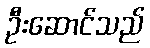
ဦးဆောင်သည်